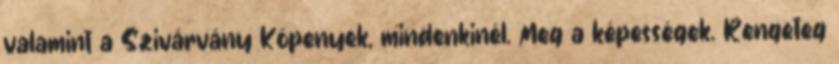
valamint a Szivárvány Köpenyek, mindenkinél. Meg a képességek. Rengeteg